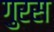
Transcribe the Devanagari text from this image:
गुरस